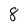
Character: 8